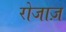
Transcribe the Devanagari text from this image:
रोजाज़